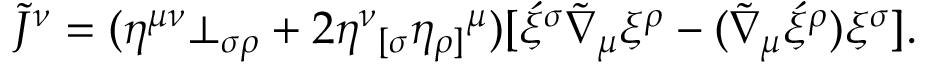
\widetilde { \cal J } ^ { \nu } = ( \eta ^ { \mu \nu } \bot _ { \sigma \rho } + 2 \eta ^ { \nu } { _ { [ \sigma } } \eta _ { \rho ] } { ^ { \mu } } ) [ \acute { \xi } ^ { \sigma } \widetilde { \nabla } _ { \mu } \xi ^ { \rho } - ( \widetilde { \nabla } _ { \mu } \acute { \xi } ^ { \rho } ) \xi ^ { \sigma } ] .